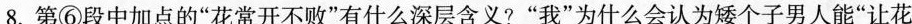
8. 第⑥段中加点的“花常开不败”有什么深层含义?“我”为什么会认为矮个子男人能“让花